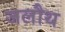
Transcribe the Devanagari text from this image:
जलौथ